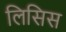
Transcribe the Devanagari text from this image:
लिसिस